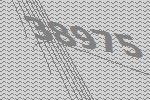
38975